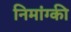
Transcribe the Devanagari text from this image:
निमांग्की